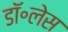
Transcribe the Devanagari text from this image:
डॉ॰लेस